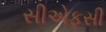
સીએફસી